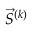
\vec { S } ^ { ( k ) }